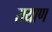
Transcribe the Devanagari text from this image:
रायाण